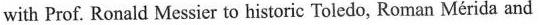
with Prof. Ronald Messier to historic Toledo, Roman Mérida and